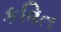
કવિત